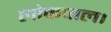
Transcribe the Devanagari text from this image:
लोकपाल।